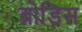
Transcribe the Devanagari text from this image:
ब्रोडिस